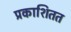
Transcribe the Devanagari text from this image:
प्रकाशितत